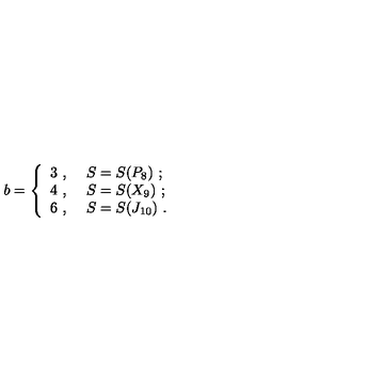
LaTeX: b = \left\{ \begin{array} { l l } { 3 \ , \ } & { S = S ( P _ { 8 } ) \ ; } \\ { 4 \ , \ } & { S = S ( X _ { 9 } ) \ ; } \\ { 6 \ , \ } & { S = S ( J _ { 1 0 } ) \ . } \\ \end{array} \right.